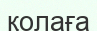
қолаға